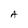
Character: A